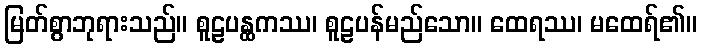
မြတ်စွာဘုရားသည်။ စူဠပန္ထကဿ၊ စူဠပန်မည်သော။ ထေရဿ၊ မထေရ်၏။